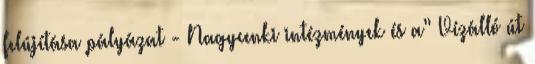
felújítása pályázat - Nagycenki intézmények és a” Vízálló út